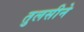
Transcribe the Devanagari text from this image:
तुलसीने